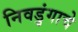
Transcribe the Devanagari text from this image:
निवडुंगाचे